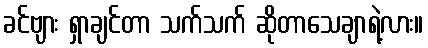
ခင်ဗျား ရှာချင်တာ သက်သက် ဆိုတာသေချာရဲ့လား။